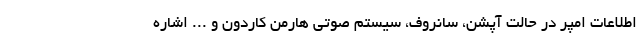
اطلاعات امپر در حالت آپشن، سانروف، سیستم صوتی هارمن کاردون و ... اشاره